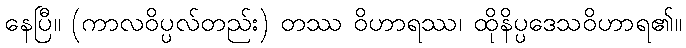
နေပြီ။ (ကာလဝိပ္ပလ်တည်း) တဿ ဝိဟာရဿ၊ ထိုနိပ္ပဒေသဝိဟာရ၏။